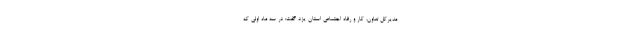
مدیرکل تعاون، کار و رفاه اجتماعی استان یزد گفت: در سه ماه اولی که